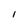
Character: 1